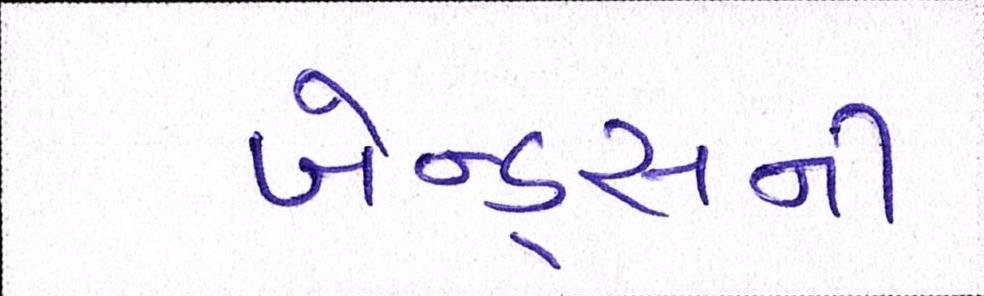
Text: બેન્ડ્સની